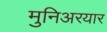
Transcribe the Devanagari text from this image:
मुनिअरयार